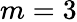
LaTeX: m=3